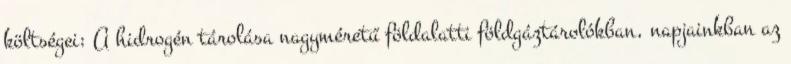
költségei: A hidrogén tárolása nagyméretű földalatti földgáztárolókban, napjainkban az